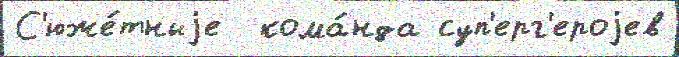
С'юже́тныjе  кома́нда суп'ерг'ероjев